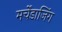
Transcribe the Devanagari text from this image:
मर्चेंडाजिंग